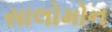
સાલોમોન